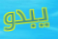
يبدو